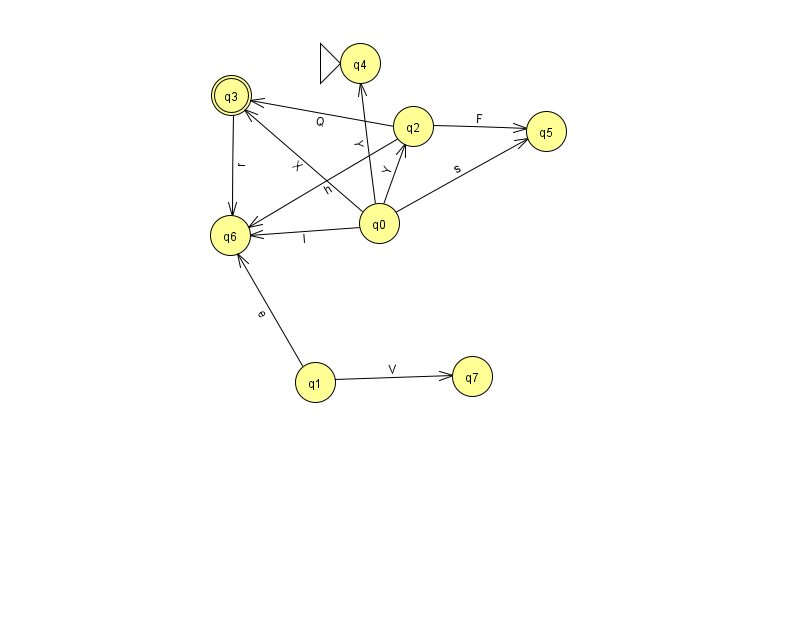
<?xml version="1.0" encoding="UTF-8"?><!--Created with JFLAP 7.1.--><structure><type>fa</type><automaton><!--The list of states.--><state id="0" name="q0"><x>379.0</x><y>210.0</y></state><state id="1" name="q1"><x>315.0</x><y>369.0</y></state><state id="2" name="q2"><x>413.0</x><y>113.0</y></state><state id="3" name="q3"><x>231.0</x><y>82.0</y><final/></state><state id="4" name="q4"><x>360.0</x><y>50.0</y><initial/></state><state id="5" name="q5"><x>546.0</x><y>118.0</y></state><state id="6" name="q6"><x>230.0</x><y>222.0</y></state><state id="7" name="q7"><x>472.0</x><y>363.0</y></state><!--The list of transitions.--><transition><from>1</from><to>7</to><read>V</read></transition><transition><from>0</from><to>3</to><read>X</read></transition><transition><from>3</from><to>6</to><read>r</read></transition><transition><from>0</from><to>6</to><read>l</read></transition><transition><from>1</from><to>6</to><read>e</read></transition><transition><from>0</from><to>5</to><read>s</read></transition><transition><from>2</from><to>3</to><read>Q</read></transition><transition><from>0</from><to>2</to><read>Y</read></transition><transition><from>0</from><to>4</to><read>Y</read></transition><transition><from>2</from><to>5</to><read>F</read></transition><transition><from>2</from><to>6</to><read>h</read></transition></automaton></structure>